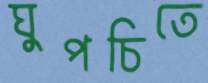
ঘুপচিতে